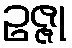
ဥဇ္ဇု